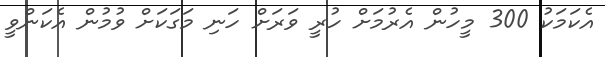
އެކަމަކު 300 މީހުން އެރުމަށް ހުރީ ވަރަށް ހަނި މަގަކަށް ވުމުން އެކަންވީ